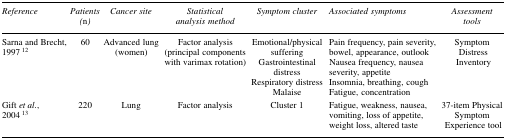
<table><thead><tr><td><b>Reference</b></td><td><b>Patients (<i>n</i>)</b></td><td><b>Cancer site</b></td><td><b>Statistical analysis method</b></td><td><b>Symptom cluster</b></td><td><b>Associated symptoms</b></td><td><b>Assessment tools</b></td></tr></thead><tbody><tr><td>Sarna and Brecht, 1997 12</td><td>60</td><td>Advanced lung (women)</td><td>Factor analysis (principal components with varimax rotation)</td><td>Emotional/physical sufferingGastrointestinal distressRespiratory distressMalaise</td><td>Pain frequency, pain severity, bowel, appearance, outlookNausea frequency, nausea severity, appetiteInsomnia, breathing, coughFatigue, concentration</td><td>Symptom Distress Inventory</td></tr><tr><td>Gift <i>et al.</i>, 2004 13</td><td>220</td><td>Lung</td><td>Factor analysis</td><td>Cluster 1</td><td>Fatigue, weakness, nausea, vomiting, loss of appetite, weight loss, altered taste</td><td>37-item Physical Symptom Experience tool</td></tr></tbody></table>